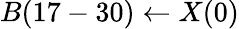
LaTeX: B(17-30)\leftarrow X(0)